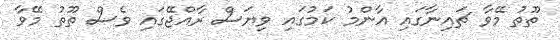
ތޫތު މޭވާ ޗައިނާގައި އާންމު ކަމުގައި ވިޔަސް ރާއްޖޭގައި ވެސް ތޫތު މޭވާ